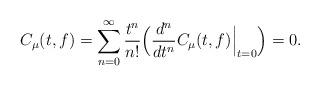
LaTeX: \begin{align*}C_\mu (t,f) = \sum _{n=0} ^\infty \frac{t^n }{n!} \Big( \frac{d^n }{dt^n} C_\mu (t,f) \Big| _{t=0} \Big) =0 .\end{align*}